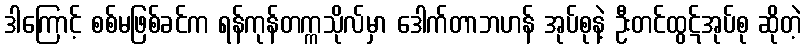
ဒါကြောင့် စစ်မဖြစ်ခင်က ရန်ကုန်တက္ကသိုလ်မှာ ဒေါက်တာဘဟန် အုပ်စုနဲ့ ဦးတင်ထွဋ်အုပ်စု ဆိုတဲ့